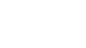
မင်္ဂလာဒုံ